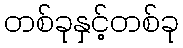
တစ်ခုနှင့်တစ်ခု